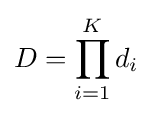
D=\prod _{i=1}^{K}d_{i}